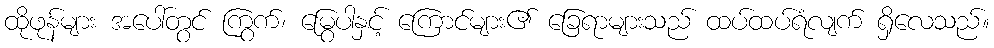
ထိုဖုန်များ အပေါ်တွင် ကြွက်၊ မြွေပါနှင့် ကြောင်များ၏ ခြေရာများသည် ထပ်ထပ်ရံလျက် ရှိလေသည်။